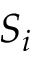
S _ { i }